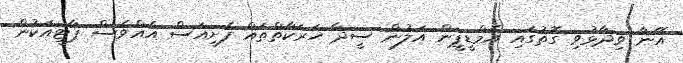
އޭނާ ވިދާޅުވި ގޮތުގައި އެމްޑީޕީން އަލުން ސީދާ ހަރަކާތްތައް ފެށިއަސް އެއްވެސް ޕާޓީއަކުން